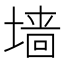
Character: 墙